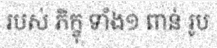
របស់ ភិក្ខុ ទាំង១ ពាន់ រូប